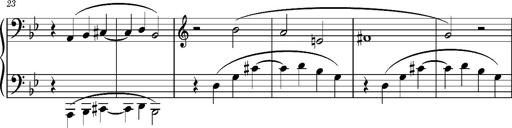
Title: TrÃ¼be Wolken
Composer: Franz Liszt